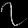
Digit: ၇